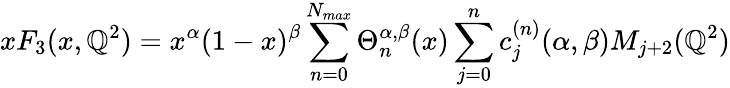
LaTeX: xF_{3}(x,\mathbb{Q}^{2})=x^{\alpha}(1-x)^{\beta}\sum_{n=0}^{N_{max}}\Theta_{n}^{\alpha,\beta}(x)\sum_{j=0}^{n}c_{j}^{(n)}(\alpha,\beta)M_{j+2}(\mathbb{Q}^{2})